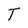
Character: T